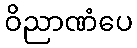
ဝိညာဏံပေ